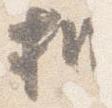
机